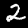
Digit: 2